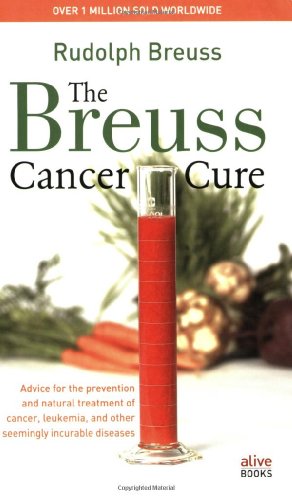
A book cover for The Breuss Cancer Cure; Rudolf Breuss; Health, Fitness & Dieting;